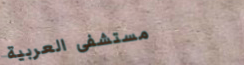
مستشفى العربية